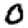
Digit: 0